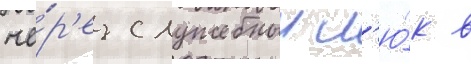
че́р'ез служебныи л'ю́к в